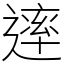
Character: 䢦